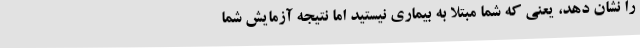
را نشان دهد، یعنی که شما مبتلا به بیماری نیستید اما نتیجه آزمایش شما